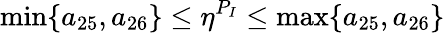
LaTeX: \operatorname*{min}\{ a_{25},a_{26}\} \leq\eta^{P_{I}}\leq\operatorname*{max}\{ a_{25},a_{26}\}